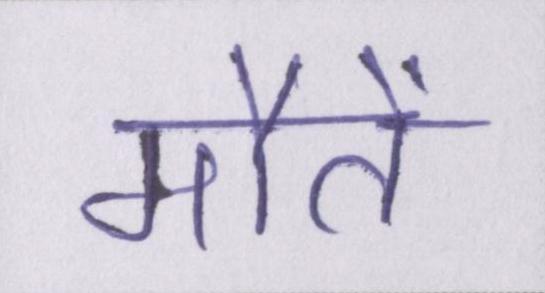
मौतें